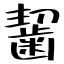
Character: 齧